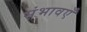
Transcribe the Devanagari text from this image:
संभावएँ